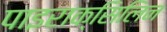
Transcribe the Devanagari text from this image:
पाइराक्सिलिन